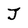
Character: J